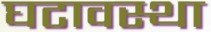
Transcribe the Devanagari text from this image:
घटावस्था